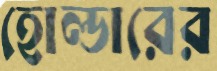
হোল্ডারের